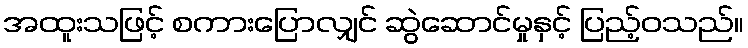
အထူးသဖြင့် စကားပြောလျှင် ဆွဲဆောင်မှုနှင့် ပြည့်ဝသည်။